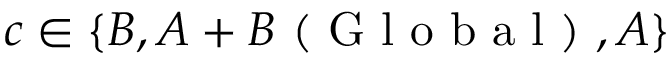
c \in \{ B , A + B \mathrm { ~ ( ~ G ~ l ~ o ~ b ~ a ~ l ~ ) ~ } , A \}